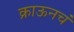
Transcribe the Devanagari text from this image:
क्राऊनचं